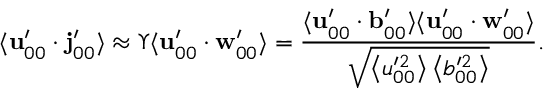
\langle \mathbf { u } _ { 0 0 } ^ { \prime } \cdot \mathbf { j } _ { 0 0 } ^ { \prime } \rangle \approx \Upsilon \langle \mathbf { u } _ { 0 0 } ^ { \prime } \cdot \mathbf { w } _ { 0 0 } ^ { \prime } \rangle = \frac { \langle \mathbf { u } _ { 0 0 } ^ { \prime } \cdot \mathbf { b } _ { 0 0 } ^ { \prime } \rangle \langle \mathbf { u } _ { 0 0 } ^ { \prime } \cdot \mathbf { w } _ { 0 0 } ^ { \prime } \rangle } { \sqrt { \left\langle u _ { 0 0 } ^ { \prime 2 } \right\rangle \left\langle b _ { 0 0 } ^ { \prime 2 } \right\rangle } } .